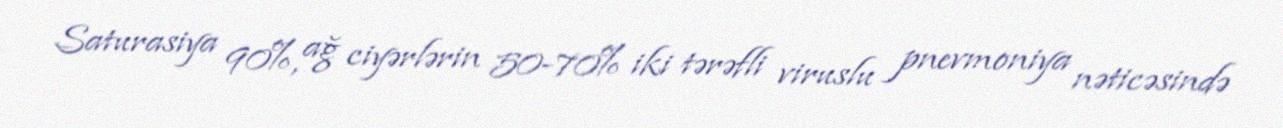
Saturasiya 90%, ağ ciyərlərin 50-70% iki tərəfli viruslu pnevmoniya nəticəsində